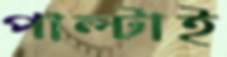
পাল্‌টাই